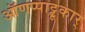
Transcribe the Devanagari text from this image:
ऑणप्पाट्टू़कार्